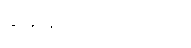
ဆုံးဖြတ်လိုက်တယ်။